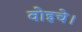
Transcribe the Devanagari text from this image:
वोइचे।